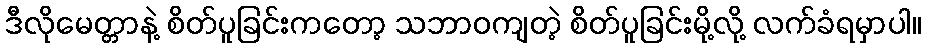
ဒီလိုမေတ္တာနဲ့ စိတ်ပူခြင်းကတော့ သဘာဝကျတဲ့ စိတ်ပူခြင်းမို့လို့ လက်ခံရမှာပါ။